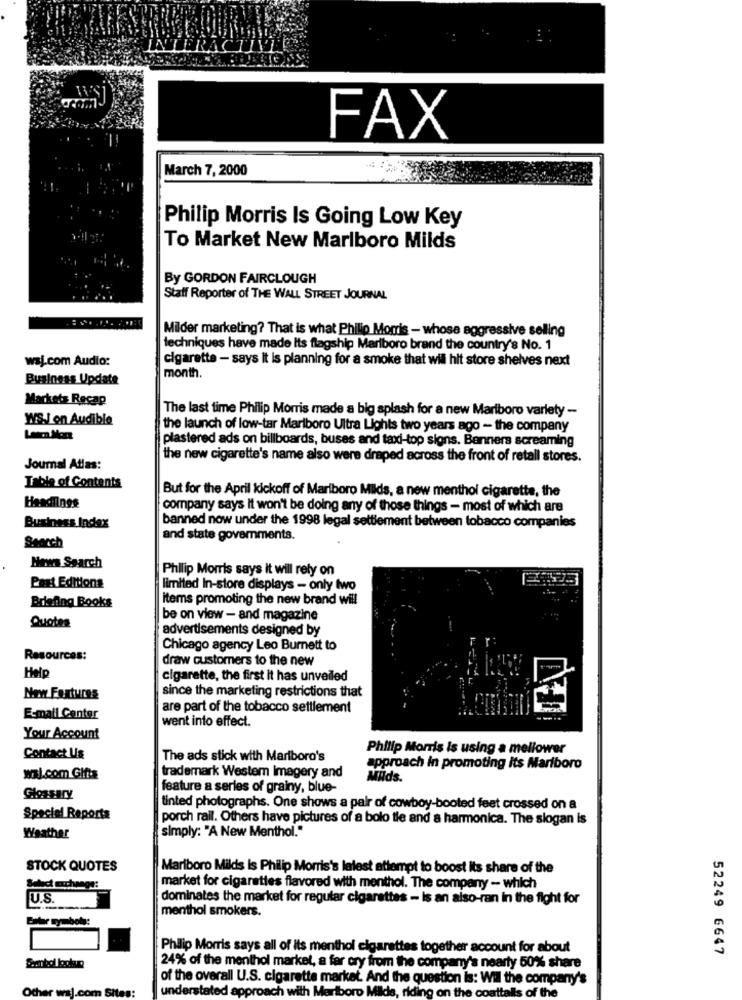
FAX
March 7, 2000
Philip Morris Is Going Low Key
To Market New Marlboro Milds
By GORDON FAIRCLOUGH
Staff Reporter of THE WALL STREET JOURNAL
Milder marketing? That is what Philip Morris - whose aggressive selling
techniques have made its flagship Marlboro brand the country's No. 1
waj.com Audio:
cigarette - says it is planning for a smoke that wil hit store shelves next
Business Update
month.
Markets Recap
The last time Philip Morris made a big splash for a new Marlboro varlety -
WS.J on Audible
the launch of low-tar Marlboro Ultra Lights two years ago - the company
plastered ads on billboards, buses and taxi-top signs. Banners screaming
the new cigarette's name also were draped across the front of retail stores.
Journal Atlas:
Table of Contents
But for the April kickoff of Marlboro Milds, a new menthol cigarette, the
Headlines
company says It won't be doing any of those things - most of which are
banned now under the 1998 legal settlement between tobacco companies
Business Index
Search
and state governments.
Hews Search
Philip Morris says it will rely on
Past Editions
limited In-store displays - only two
items promoting the new brand will
Briefing Books
Quotes
be on view - and magazine
advertisements designed by
Chicago agency Leo Burnett to
Resources:
draw customers to the new
Help
cigarette, the first it has unveiled
since the marketing restrictions that
New Features
are part of the tobacco settlement
E-mail Center
went into effect.
Your Account
Philip Morris is using a mellower
Contact Us
The ads stick with Marlboro's
approach in promoting its Marlboro
wal.com Gifts
trademark Westem Imagery and
Milds.
feature a series of grainy, blue-
Glossary
tinted photographs. One shows a pair of cowboy-booted feet crossed on a
Special Reports
porch rail. Others have pictures of a bolo tie and a harmonica. The slogan is
simply: "A New Menthol."
Weather
STOCK QUOTES
Marlboro Milds is Philip Morris's latest attempt to boost Its share of the
market for cigarettes flavored with menthol. The company - which
U.S.
dominates the market for regular cigarettes - Is an also-ran in the fight for
menthol smokers.
Philip Morris says all of its menthol cigarettes together account for about
52249 6647
24% of the menthol market, a far cry from the company's nearly 50% share
of the overall U.S. cigarette market. And the question is: Wil the company's
Other waj.com Sites:
understated approach with Marlboro Milde, riding on the coattalls of the